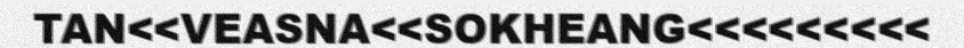
TAN<<VEASNA<<SOKHEANG<<<<<<<<<